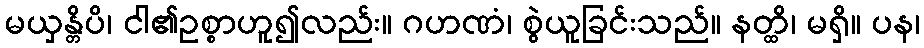
မယှန္တိပိ၊ ငါ၏ဥစ္စာဟူ၍လည်း။ ဂဟဏံ၊ စွဲယူခြင်းသည်။ နတ္ထိ၊ မရှိ။ ပန၊